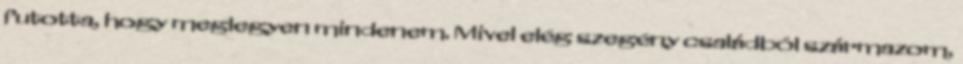
futotta, hogy meglegyen mindenem. Mivel elég szegény családból származom,